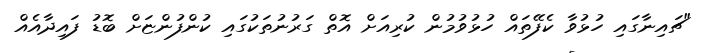
"ޗައިނާގައި ހުޅުވާ ކެފޭތައް ހުޅުވުމުން ކުރިއަށް އޮތް ގަރުނުތަކުގައި ކުންފުންޏަށް ބޮޑު ފައިދާއެއް